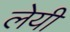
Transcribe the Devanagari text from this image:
लेयी